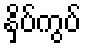
နှိပ်ကွပ်